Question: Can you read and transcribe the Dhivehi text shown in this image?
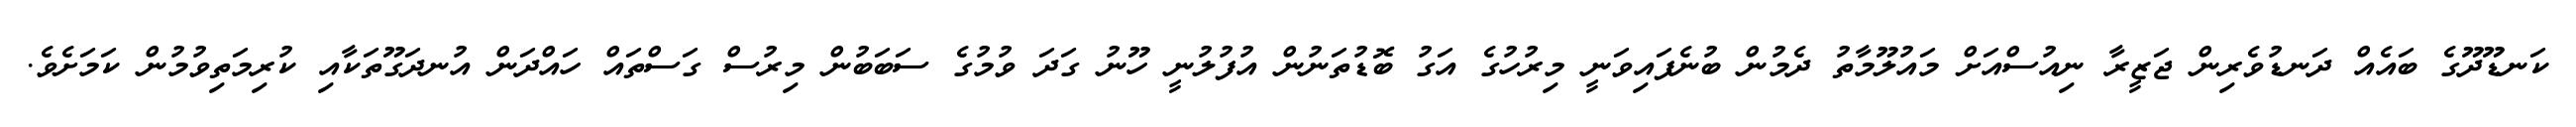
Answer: ކަނޑޫދޫގެ ބައެއް ދަނޑުވެރިން ޖަޒީރާ ނިއުސްއަށް މައުލޫމާތު ދެމުން ބުނެފައިވަނީ މިރުހުގެ އަގު ބޮޑުތަނުން އުފުލުނީ ހޫނު ގަދަ ވުމުގެ ސަބަބުން މިރުސް ގަސްތައް ހައްދަން އުނދަގޫތަކާއި ކުރިމަތިވުމުން ކަމަށެވެ.